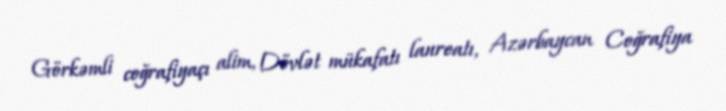
Görkəmli coğrafiyaçı alim, Dövlət mükafatı laureatı, Azərbaycan Coğrafiya